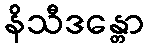
နိသီဒန္တော